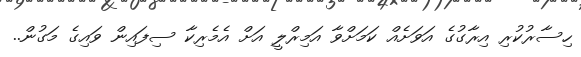
ހިސާރުކުރި އިރާގުގެ އަވަށެއް ކަމަށްވާ އަމިރްލީ އަށް އެމެރިކާ ސިފައިން ވައިގެ މަގުން..